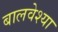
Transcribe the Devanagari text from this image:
बालवेश्या